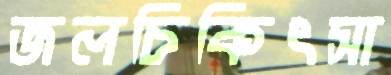
জলচিকিৎসা